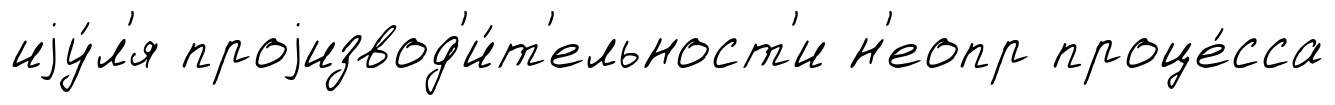
иjу́л'я проjизвод'и́т'ельност'и н'еопр проце́сса